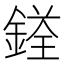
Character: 𨩳